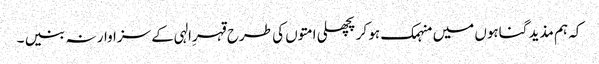
کہ ہم مذید گناہوں میں منہمک ہو کر پچھلی امتوں کی طرح قہرِالہی کے سزاوار نہ بنیں ۔